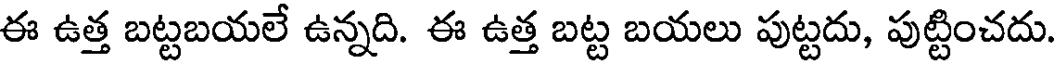
ఈ ఉత్త బట్టబయలే ఉన్నది. ఈ ఉత్త బట్ట బయలు పుట్టదు, పుట్టించదు.